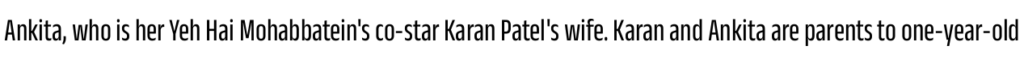
Ankita, who is her Yeh Hai Mohabbatein's co-star Karan Patel's wife. Karan and Ankita are parents to one-year-old